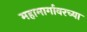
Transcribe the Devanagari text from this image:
महामार्गावरच्या